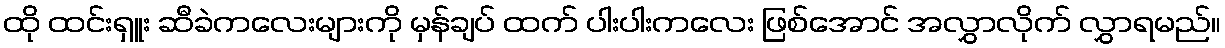
ထို ထင်းရှူး ဆီခဲကလေးများကို မှန်ချပ် ထက် ပါးပါးကလေး ဖြစ်အောင် အလွှာလိုက် လွှာရမည်။